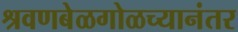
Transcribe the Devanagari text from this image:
श्रवणबेळगोळच्यानंतर